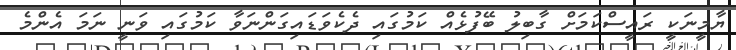
ޔާމީނަކީ ރައީސްކަމަށް ގާބިލު ބޭފުޅެއް ކަމުގައި ދެކެވަޑައިގަންނަވާ ކަމުގައި ވަނީ ނަމަ އެންމެ